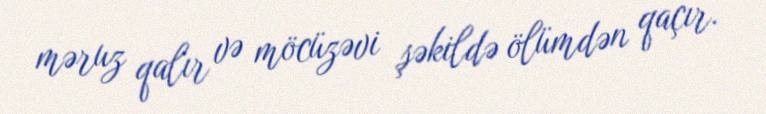
məruz qalır və möcüzəvi şəkildə ölümdən qaçır.